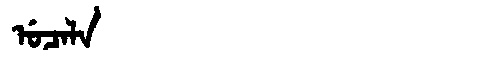
Manchu: ᡠᠴᠠᠯᠠ
Romanization: UCALA